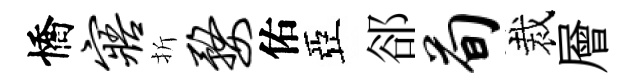
憍寤折婺佑亞郤荀裁層